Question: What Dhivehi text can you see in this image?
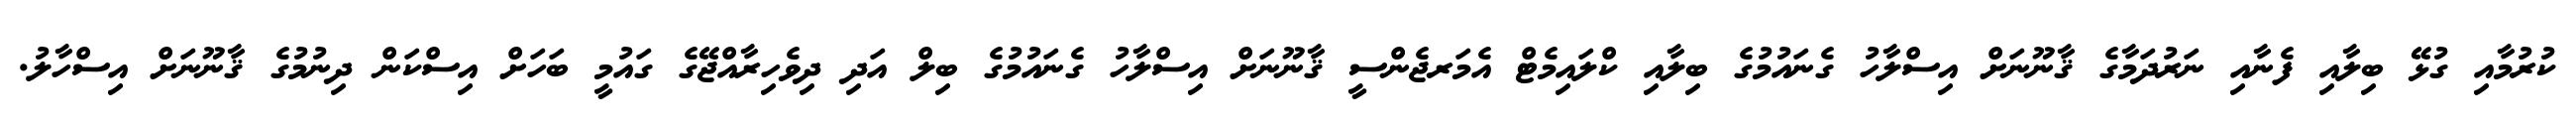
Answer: ކުރުމާއި ގުޅޭ ބިލާއި ފެނާއި ނަރުދަމާގެ ޤާނޫނަށް އިސްލާހު ގެނައުމުގެ ބިލާއި ކްލައިމެޓް އެމަރޖެންސީ ޤާނޫނަށް އިސްލާހު ގެނައުމުގެ ބިލް އަދި ދިވެހިރާއްޖޭގެ ގައުމީ ބަހަށް އިސްކަން ދިނުމުގެ ޤާނޫނަށް އިސްހާލު.